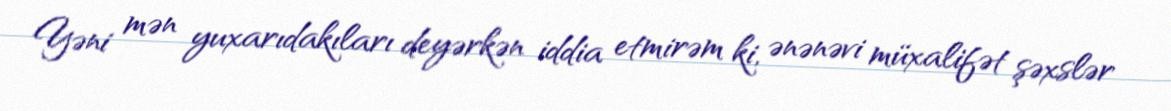
Yəni mən yuxarıdakıları deyərkən iddia etmirəm ki, ənənəvi müxalifət şəxslər